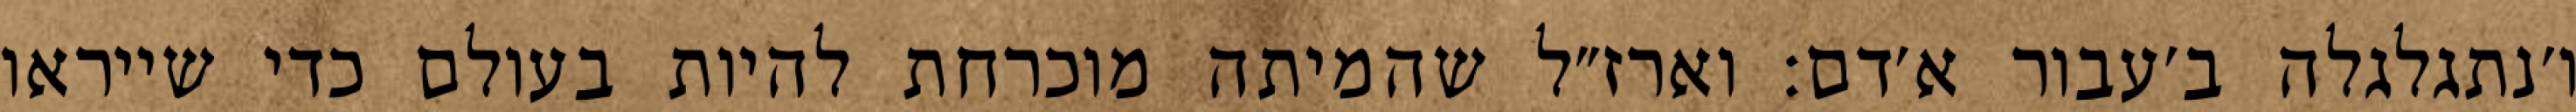
ו׳נתגלגלה ב׳עבור א׳דם: וארז״ל שהמיתה מוכרחת להיות בעולם כדי שייראו